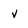
Character: v